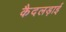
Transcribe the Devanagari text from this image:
कैदलड़ाई